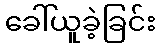
ခေါ်ယူခဲ့ခြင်း